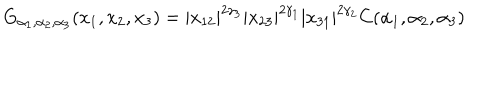
LaTeX: G _ { \alpha _ { 1 } , \alpha _ { 2 } , \alpha _ { 3 } } ( x _ { 1 } , x _ { 2 } , x _ { 3 } ) = \left| x _ { 1 2 } \right| ^ { 2 \gamma _ { 3 } } \left| x _ { 2 3 } \right| ^ { 2 \gamma _ { 1 } } \left| x _ { 3 1 } \right| ^ { 2 \gamma _ { 2 } } C ( \alpha _ { 1 } , \alpha _ { 2 } , \alpha _ { 3 } )